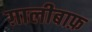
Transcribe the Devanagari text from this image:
ग़ालीबाफ़